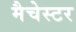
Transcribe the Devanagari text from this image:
मैचेस्टर